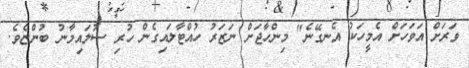
ވަރަށް އަވަހަށް އެމީހަކު އެނގޭނެ" މިންހާޖަށް ނަޒަރު ހުއްޓާލައިގެން ހުރި ސުލައިމާނު ބުންޏެވެ.